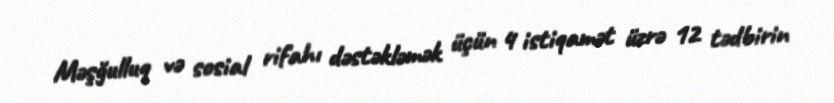
Məşğulluq və sosial rifahı dəstəkləmək üçün 4 istiqamət üzrə 12 tədbirin